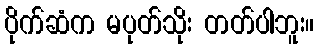
ပိုက်ဆံက မပုတ်သိုး တတ်ပါဘူး။